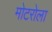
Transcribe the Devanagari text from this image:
मोटरोला